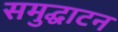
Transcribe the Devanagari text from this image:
समुद्घाटन